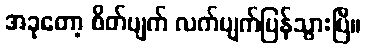
အခုတော့ စိတ်ပျက် လက်ပျက်ပြန်သွားပြီ။